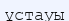
ұстауы